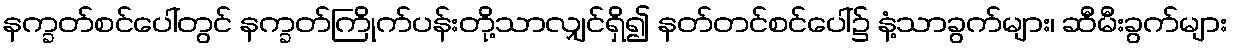
နက္ခတ်စင်ပေါ်တွင် နက္ခတ်ကြိုက်ပန်းတို့သာလျှင်ရှိ၍ နတ်တင်စင်ပေါ်၌ နံ့သာခွက်များ၊ ဆီမီးခွက်များ